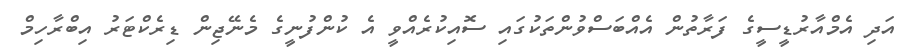
އަދި އެމްއާރުޑީސީގެ ފަރާތުން އެއްބަސްވުންތަކުގައި ސޮއިކުރެއްވީ އެ ކުންފުނީގެ މެނޭޖިން ޑިރެކްޓަރު އިބްރާހިމް